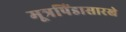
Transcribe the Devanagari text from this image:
मूत्रपिंडासारखे